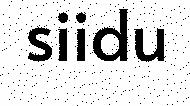
siidu